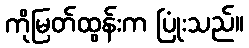
ကိုမြတ်ထွန်းက ပြုံးသည်။